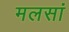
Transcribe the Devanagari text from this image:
मलसां